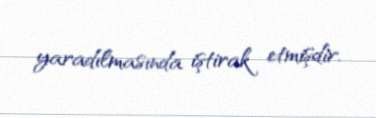
yaradılmasında iştirak etmişdir.